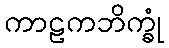
ကာဠကဘိက္ခုံ